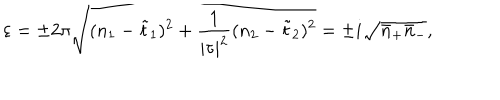
\varepsilon = \pm 2 \pi \sqrt { ( n _ { 1 } - \tilde { t } _ { 1 } ) ^ { 2 } + \frac { 1 } { | \tau | ^ { 2 } } ( n _ { 2 } - \tilde { t } _ { 2 } ) ^ { 2 } } = \pm i \sqrt { \bar { n } _ { + } \bar { n } _ { - } } ,